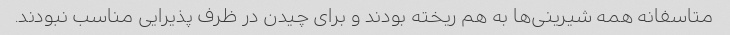
متاسفانه همه شیرینی‌ها به هم ریخته بودند و برای چیدن در ظرف پذیرایی مناسب نبودند.